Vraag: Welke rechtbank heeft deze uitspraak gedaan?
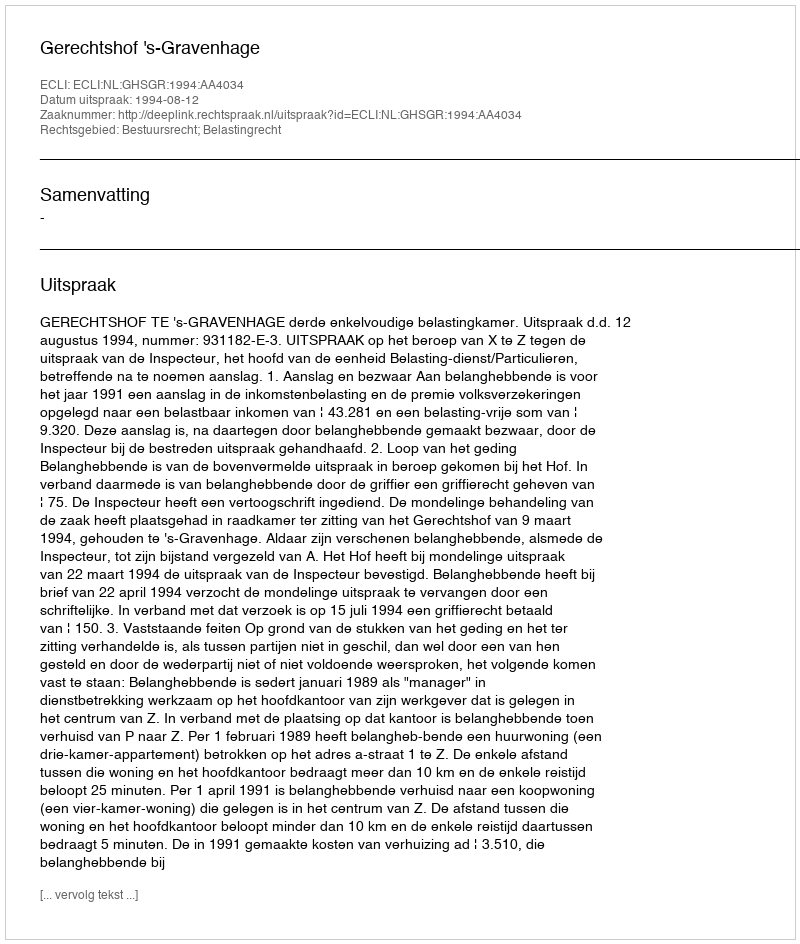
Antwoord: Gerechtshof 's-Gravenhage